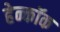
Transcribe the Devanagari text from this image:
हेन्कॉक